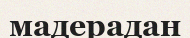
мадерадан